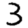
Digit: 3